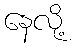
နေလို့